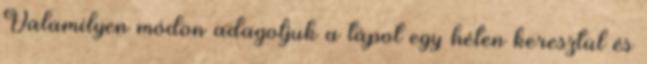
Valamilyen módon adagoljuk a tápot egy héten keresztül és